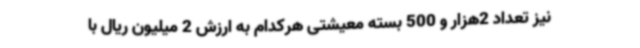
نیز تعداد 2هزار و 500 بسته معیشتی هرکدام به ارزش 2 میلیون ریال با